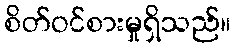
စိတ်ဝင်စားမှုရှိသည်။